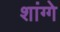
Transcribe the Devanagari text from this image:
शांग्गे